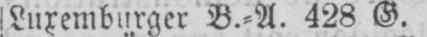
Luxemburger B.⸗A. 428 G.